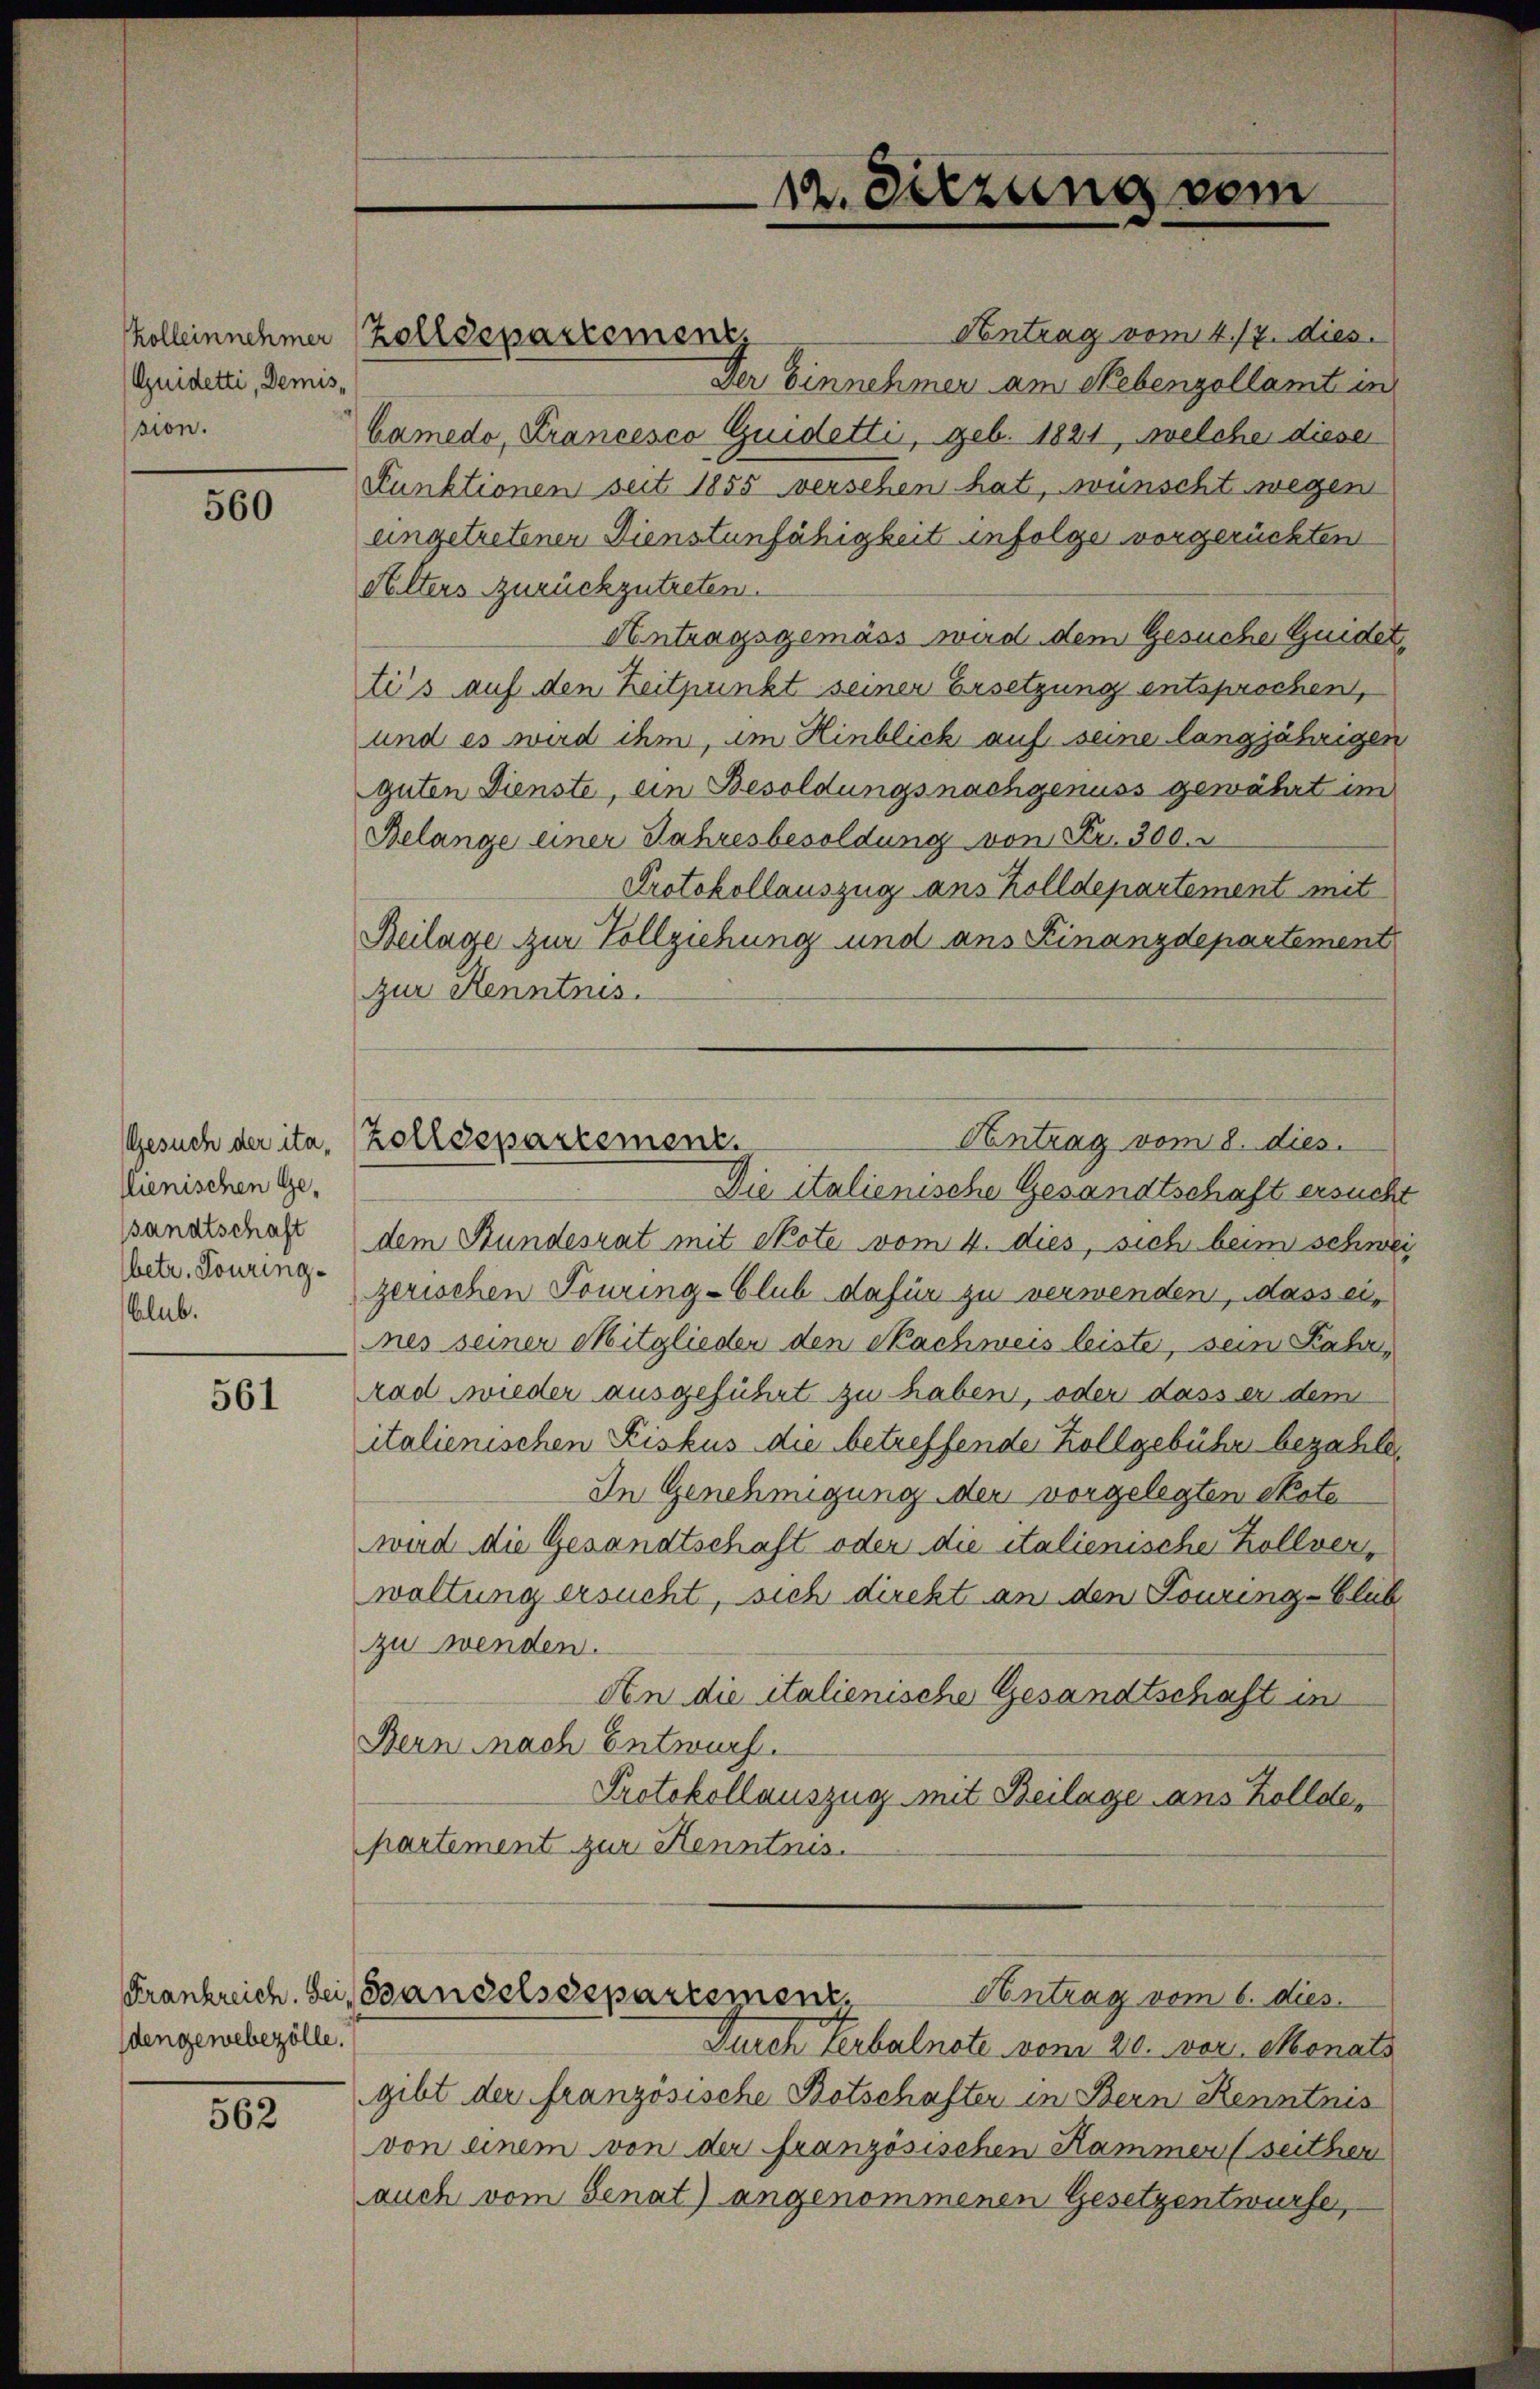
Kollein nehmer
Quidetti, Demispion.

560

Gesuch der italienischen Ge-
sandtschaft
(betr. Touringblub.

561

dengewebezölle.

562

Antrag vom 4./7. dies
Der Einnehmer am Nebenzollamt in
Camedo, Krancesco Guidetti, geb. 1821, welche dieser
Sunktionen seit 1855 versehen hat, wünscht wegen
eingetretenen Dienstunfähigkeit infolge vorgerückten
Halters zurückzutreten.
Antragsgemäss wird dem Gesuche Guidet.
tis auf den Zeitpunkt seiner Ersetzung entsprochen,
und es wird ihm, im Hinblich auf seine langjährigen
Guten Dienste, ein Besoldungsnachgenuss gewährt im
Belange einer Jahresbesoldung von Fr. 300.
Protokollauszug aus Zolldepartement mit
Beilage zur Vollziehung und ans Finanzdepartement
zur Kenntnis.
Die italienische Gesandtschaft ersucht
dem Bundesrat mit Note vom 4. dies, sich beim schwer
zerischen Touring-Club dafür zu verwenden, dass eines seiner Mitglieder den Nachweis leiste, sein Fahr,
rad wieder ausgeführt zu haben, oder dass er dem
italienischen Fiskus die betreffende Zollgebühr bezahle
In Genehmigung der vorgelegten Esta
wird die Gesandtschaft oder die italienische Zollverwaltung ersucht, sich direkt an den Touring-Glub
zu wenden.
An die italienische Gesandtschaft in
Bern nach Entwurf.
Protokollauszug mit Beilage ans Zollde,
partement zur Kenntnis.
Frankreich. Sei Handelsdepartement
Antrag vom 6. dies.
Durch Verbalnote vom 20. vor. Monats
gibt der französische Botschafter in Bern Kenntnis
von einem von der französischen Kammen (seither
auch vom Senat) angenommenen Gesetzentwurfe,

Zolldepartement

12. Sitzung vom

Antrag vom 8. dies
Zolldepartement.